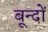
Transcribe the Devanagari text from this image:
बून्दों